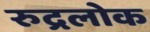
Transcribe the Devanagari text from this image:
रुद्रलोक